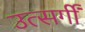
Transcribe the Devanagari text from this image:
उत्सर्गीं